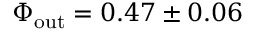
\Phi _ { \mathrm { o u t } } = 0 . 4 7 \pm 0 . 0 6